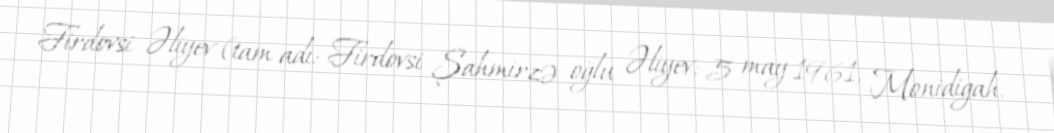
Firdovsi Əliyev (tam adı: Firdovsi Şahmirzə oğlu Əliyev; 5 may 1961, Monidigah,